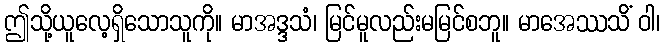
ဤသို့ယူလေ့ရှိသောသူကို။ မာအဒ္ဒသံ၊ မြင်မူလည်းမမြင်စဘူ။ မာအေဿသိံ ဝါ၊